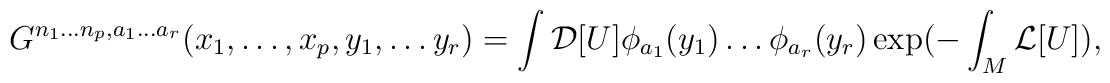
G^{n_1\ldots n_p, a_1\ldots a_r}(x_1,\ldots,x_p,y_1,\ldots y_r) =\int {\cal D}[U] \phi_{a_1}(y_1)\ldots \phi_{a_r}(y_r)\exp(-\int_M {\cal L}[U]) ,